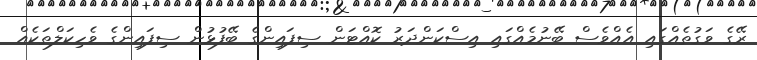
ރޭގެ ވަގުތެއްގައި އެއްވެސް ބޭނުމެއްގައި އިސްކަންދަރު ކޮއްޓަން ސިފައިންގެ ބޭފުޅުން ސިފައިންގެ ވެހިކަލްތަކެއް